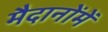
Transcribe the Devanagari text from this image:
मैदानोंमें